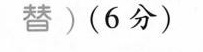
替)(6分)